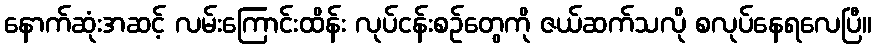
နောက်ဆုံးအဆင့် လမ်းကြောင်းထိန်း လုပ်ငန်းစဉ်တွေကို ဇယ်ဆက်သလို စလုပ်နေရလေပြီ။